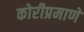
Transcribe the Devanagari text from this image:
कोरीप्रमाणे